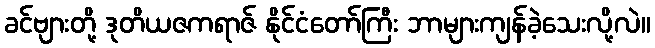
ခင်ဗျားတို့ ဒုတိယဇကရာဇ် နိုင်ငံတော်ကြီး ဘာများကျန်ခဲ့သေးလို့လဲ။